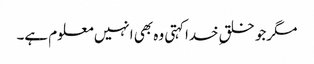
مگرجو خلقِ خداکہتی وہ بھی انہیں معلوم ہے۔